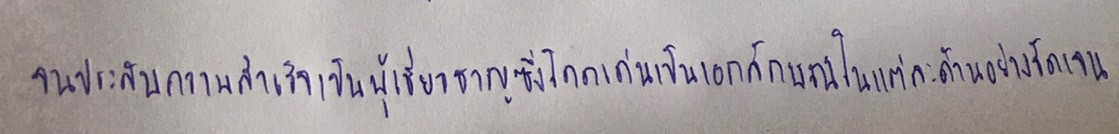
จนประสบความสำเร็จเป็นผู้เชี่ยวชาญซึ่งโดดเด่นเป็นเอกลักษณ์ในแต่ละด้านอย่างชัดเจน